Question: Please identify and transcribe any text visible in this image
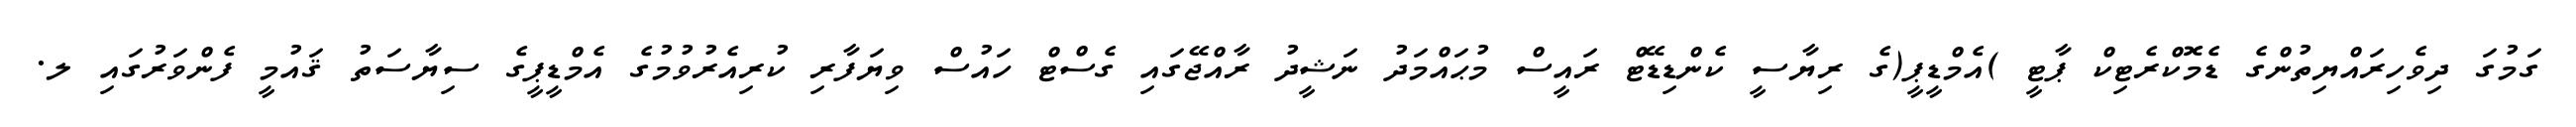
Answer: ގަމުގަ ދިވެހިރައްޔިތުންގެ ޑެމޮކްރެޓިކް ޕާޓީ )އެމްޑީޕީ(ގެ ރިޔާސީ ކެންޑިޑޭޓް ރައީސް މުޙައްމަދު ނަޝީދު ރާއްޖޭގައި ގެސްޓް ހައުސް ވިޔަފާރި ކުރިއެރުވުމުގެ އެމްޑީޕީގެ ސިޔާސަތު ޤައުމީ ފެންވަރުގައި ލ.